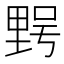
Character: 𮡔